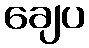
ချေပ